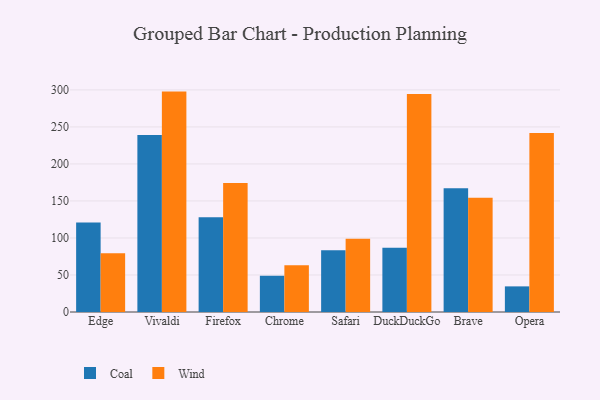
{"axis": {"x": "Browser", "y": "Budget (USD K)"}, "legend": ["Coal", "Wind"], "data": [{"x": "Edge", "y": 120.9, "type": "Coal"}, {"x": "Edge", "y": 79.2, "type": "Wind"}, {"x": "Vivaldi", "y": 239.0, "type": "Coal"}, {"x": "Vivaldi", "y": 297.7, "type": "Wind"}, {"x": "Firefox", "y": 128.1, "type": "Coal"}, {"x": "Firefox", "y": 174.1, "type": "Wind"}, {"x": "Chrome", "y": 49.0, "type": "Coal"}, {"x": "Chrome", "y": 63.3, "type": "Wind"}, {"x": "Safari", "y": 83.4, "type": "Coal"}, {"x": "Safari", "y": 98.9, "type": "Wind"}, {"x": "DuckDuckGo", "y": 86.7, "type": "Coal"}, {"x": "DuckDuckGo", "y": 294.6, "type": "Wind"}, {"x": "Brave", "y": 167.3, "type": "Coal"}, {"x": "Brave", "y": 154.2, "type": "Wind"}, {"x": "Opera", "y": 34.6, "type": "Coal"}, {"x": "Opera", "y": 241.9, "type": "Wind"}]}